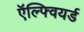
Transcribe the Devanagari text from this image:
ऍल्फ्वियर्ड